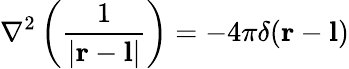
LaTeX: \nabla^{2}\left({\frac{1}{|\mathbf{r}-\mathbf{l}|}}\right)=-4\pi\delta(\mathbf{r}-\mathbf{l})